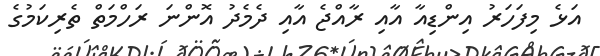
އަޅެ މިފަހަރު އިންޑިއާ އާއި ރާއްޖެ އާއި ދެމެދު އޮންނަ ރަހްމަތް ތެރިކަމުގެ